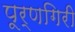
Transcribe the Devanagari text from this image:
पूर्णगिरी